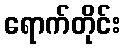
ရောက်တိုင်း